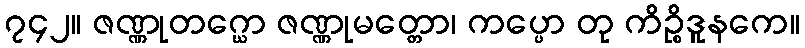
၇၄၂။ ဇဏ္ဏုတဂ္ဃော ဇဏ္ဏုမတ္တော၊ ကပ္ပော တု ကိဉ္စိဒူနကေ။